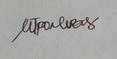
Signature authenticity: genuine